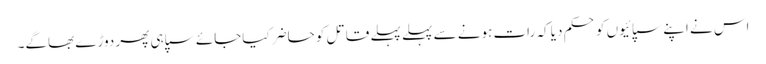
اس نے اپنے سپائیوں کو حکم دیا کہ رات ہونے سے پہلے پہلے قاتل کو حاضر کیاجائے سپاہی پھر دوڑے بھاگے۔